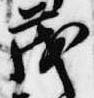
茂